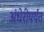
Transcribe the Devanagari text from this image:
अंधेरीपर्यंत